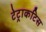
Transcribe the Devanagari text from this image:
टेट्राकटिस